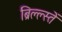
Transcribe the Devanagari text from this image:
ब्रिल्ल्स्तें